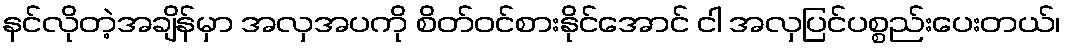
နင်လိုတဲ့အချိန်မှာ အလှအပကို စိတ်ဝင်စားနိုင်အောင် ငါ အလှပြင်ပစ္စည်းပေးတယ်၊